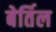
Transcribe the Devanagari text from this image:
बेर्तिल